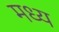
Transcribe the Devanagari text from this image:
मध्य